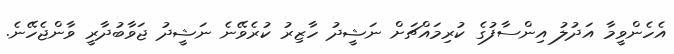
އެހެންވީމާ އަދުލު އިންސާފުގެ ކުރިމައްޗަށް ނަޝީދު ހާޒިރު ކުރެވޭނެ ނަޝީދު ޖަވާބުދާރީ ވާންޖެހޭނެ.